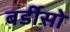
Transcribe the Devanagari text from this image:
बर्डीसो